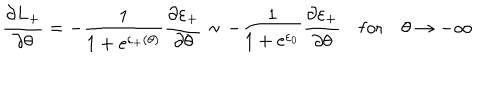
LaTeX: \frac { \partial L _ { + } } { \partial \theta } = - \frac { 1 } { 1 + \mathrm { e } ^ { \varepsilon _ { + } ( \theta ) } } \frac { \partial \varepsilon _ { + } } { \partial \theta } \sim - \frac { 1 } { 1 + \mathrm { e } ^ { \varepsilon _ { 0 } } } \frac { \partial \varepsilon _ { + } } { \partial \theta } \quad \mathrm { f o r } \quad \theta \rightarrow - \infty